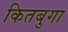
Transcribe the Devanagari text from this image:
कितबुगा